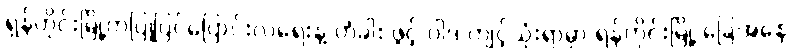
ရှန်ဟိုင်းမြို့ကပြုပြင်ပြောင်းလဲရေးနဲ့ တံခါး ဖွင့် ဝါဒ ကျင့်သုံးရာမှာ ရှန်ဟိုင်းမြို့ ခြေအနေ